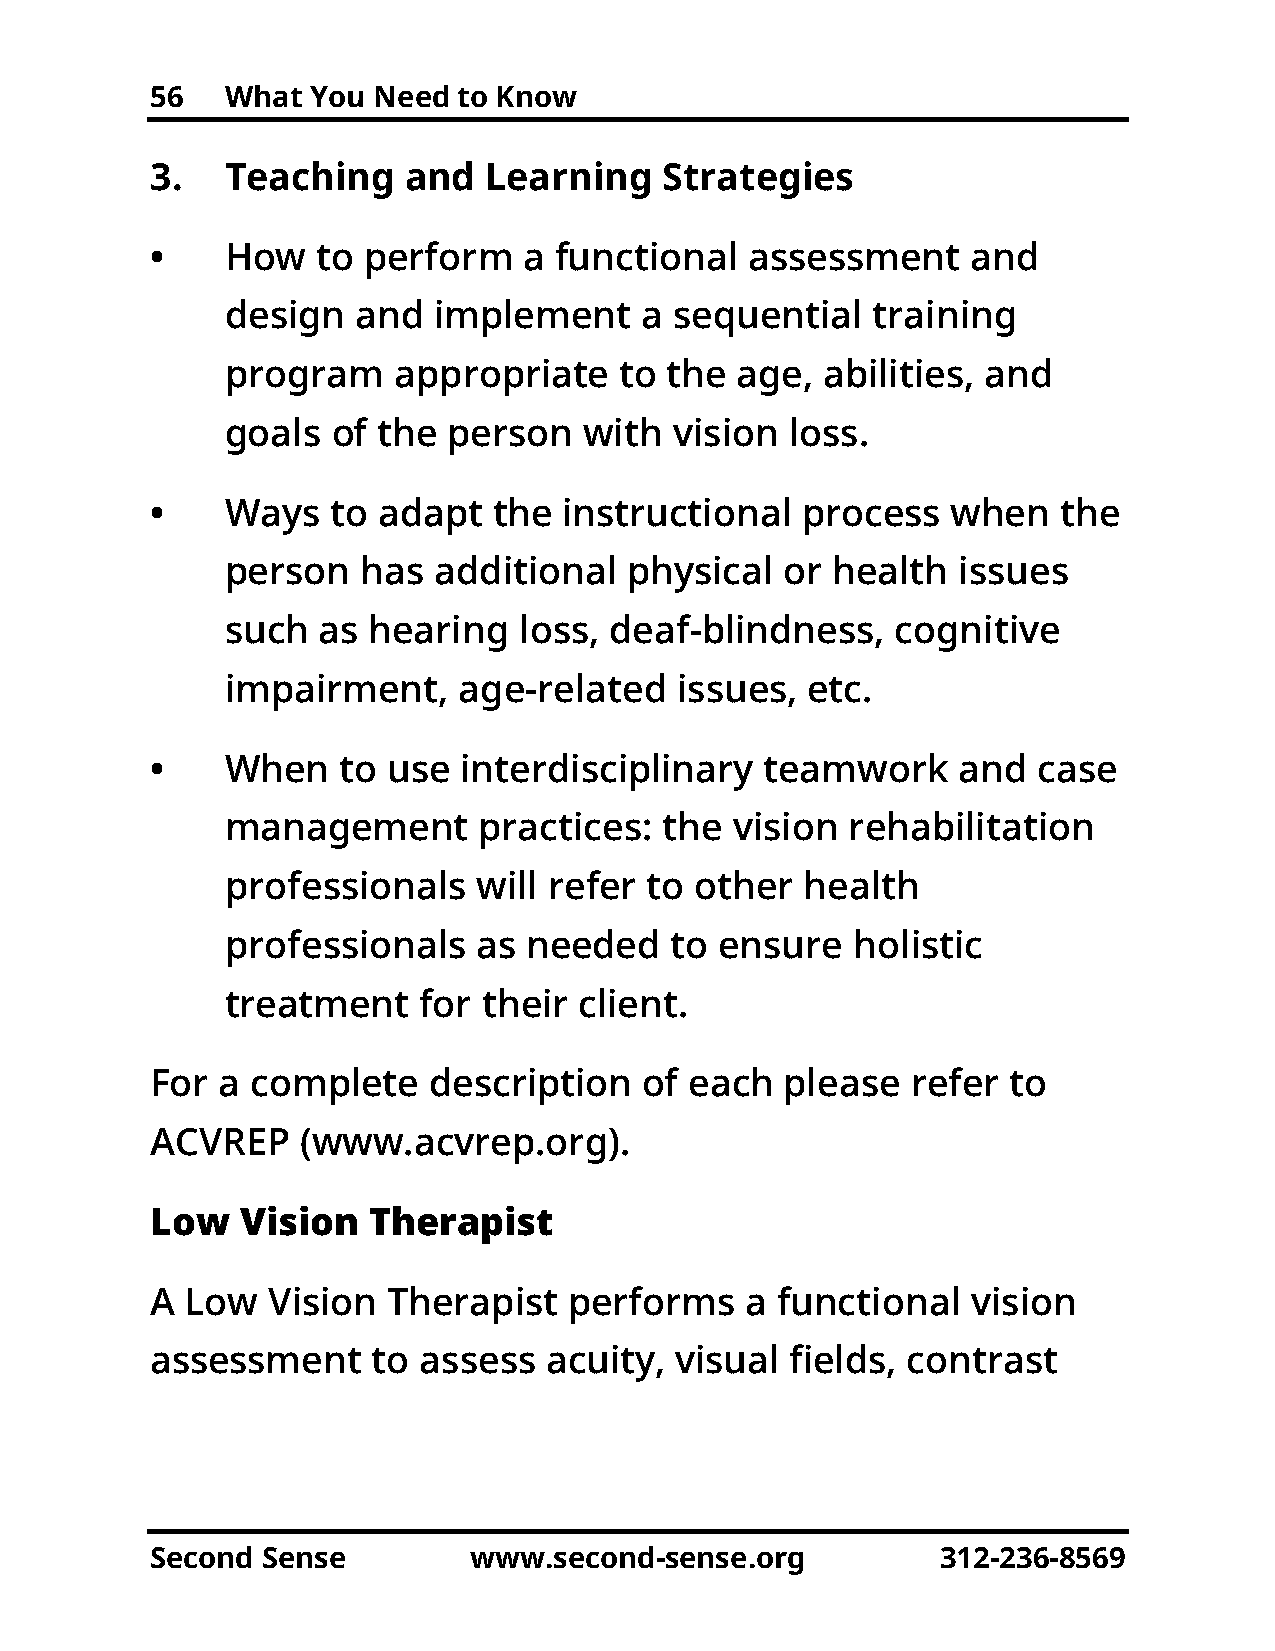
56   What  You Need to Know
 3.   Teaching    and  Learning    Strategies
 •    How   to perform    a functional   assessment    and
 design   and  implement    a  sequential   training
 program    appropriate    to the  age,  abilities, and
 goals  of the  person   with  vision loss.
 •    Ways   to adapt   the instructional   process   when   the
 person   has  additional   physical  or health  issues
 such  as hearing   loss, deaf-blindness,    cognitive
 impairment,    age-related    issues, etc.
 •    When   to  use interdisciplinary    teamwork    and   case
 management       practices:  the  vision rehabilitation
 professionals    will refer to other  health
 professionals    as needed   to  ensure   holistic
 treatment    for their client.
 For a  complete   description    of each  please  refer  to
 ACVREP    (www.acvrep.org).
 Low   Vision  Therapist
 A Low   Vision  Therapist   performs   a functional   vision
 assessment     to assess  acuity,  visual fields, contrast
 Second Sense         www.second-sense.org           312-236-8569